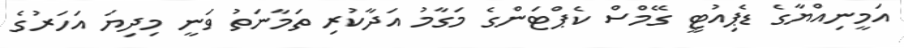
އަމީނިއްޔާގެ ޑެޕިއުޓީ ގޭމްސް ކެޕްޓަންގެ މަގާމު އަދާކުރި ތަމާނަތު ވަނީ މިދިޔަ އަހަރުގެ